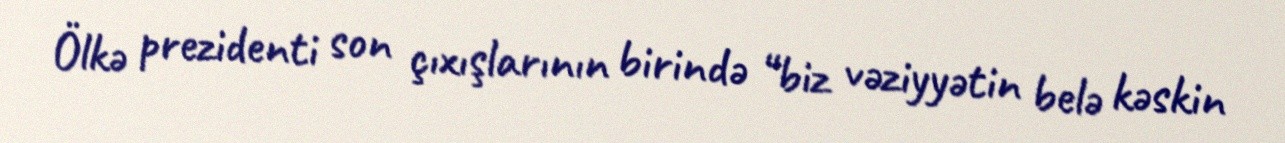
Ölkə prezidenti son çıxışlarının birində “biz vəziyyətin belə kəskin